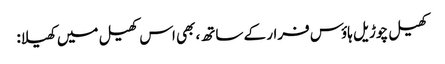
کھیل چوڑیل ہاؤس فرار کے ساتھ، بھی اس کھیل میں کھیلا: